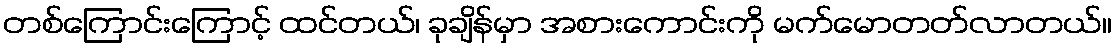
တစ်ကြောင်းကြောင့် ထင်တယ်၊ ခုချိန်မှာ အစားကောင်းကို မက်မောတတ်လာတယ်။